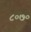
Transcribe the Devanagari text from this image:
८०७०